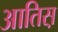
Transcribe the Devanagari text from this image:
आतिस़